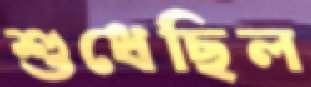
শুধেছিল